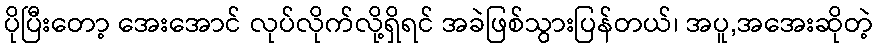
ပိုပြီးတော့ အေးအောင် လုပ်လိုက်လို့ရှိရင် အခဲဖြစ်သွားပြန်တယ်၊ အပူ,အအေးဆိုတဲ့